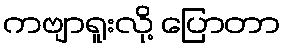
ကဗျာရူးလို့ ပြောတာ